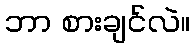
ဘာ စားချင်လဲ။